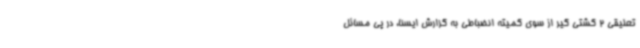
تعلیقی 2 کشتی گیر از سوی کمیته انضباطی به گزارش ایسنا، در پی مسائل